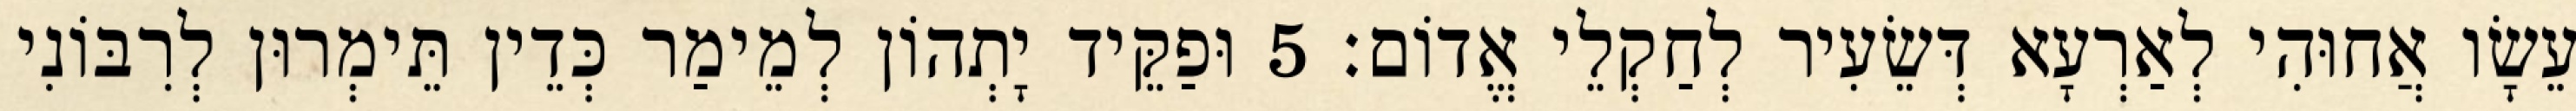
עֵשָׂו אֲחוּהִי לְאַרְעָא דְּשֵׂעִיר לְחַקְלֵי אֱדוֹם׃ 5 וּפַקֵּיד יָתְהוֹן לְמֵימַר כְּדֵין תֵּימְרוּן לְרִבּוֹנִי